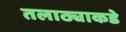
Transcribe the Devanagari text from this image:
तलाठ्याकडे